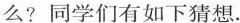
么?同学们有如下猜想.